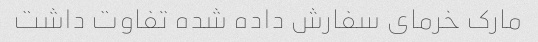
مارک خرمای سفارش داده شده تفاوت داشت